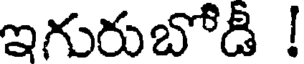
ఇగురుబోడీ !